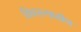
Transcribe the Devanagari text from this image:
विवरल्यावीण